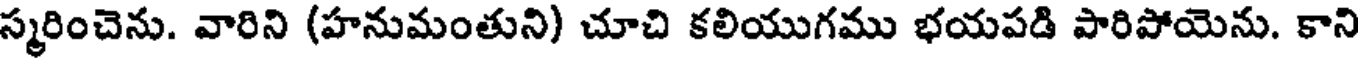
స్మరించెను. వారిని (హనుమంతుని) చూచి కలియుగము భయపడి పారిపోయెను. కాని